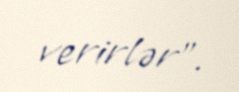
verirlər”.